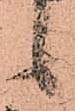
候